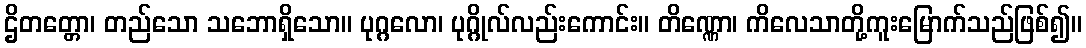
ဌိတတ္တော၊ တည်သော သဘောရှိသော။ ပုဂ္ဂလော၊ ပုဂ္ဂိုလ်လည်းကောင်း။ တိဏ္ဏော၊ ကိလေသာတို့ကူးမြောက်သည်ဖြစ်၍။